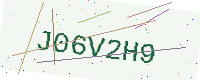
Text: J06V2H9